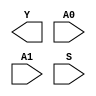
module sky130_fd_sc_hs__mux2i (
    Y ,
    A0,
    A1,
    S
);

    output Y ;
    input  A0;
    input  A1;
    input  S ;

    // Voltage supply signals
    supply1 VPWR;
    supply0 VGND;

endmodule